Calcutta medical institutions reports 1871-78
Year: 1871
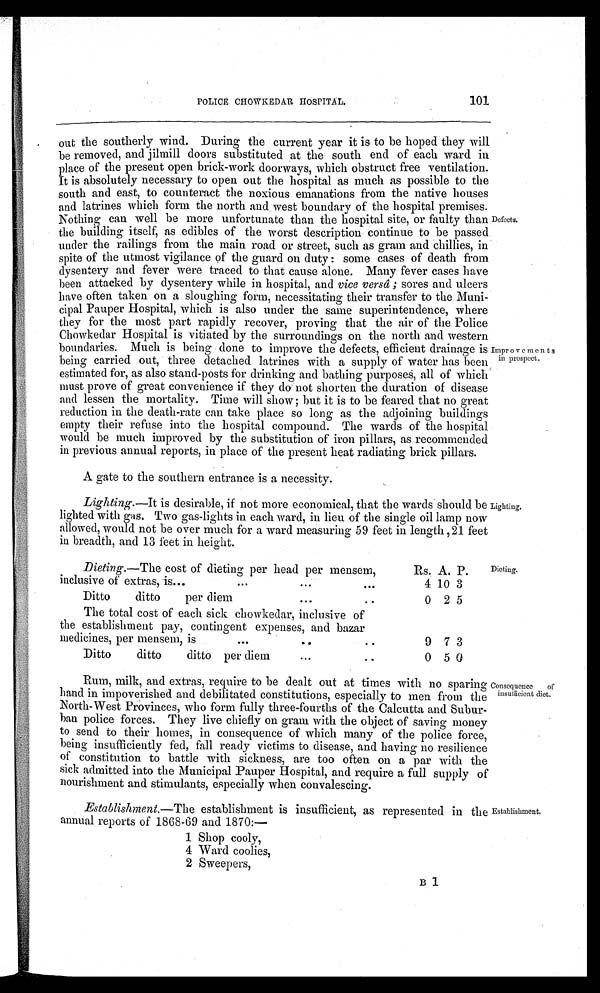
POLICE CHOWKEDAR HOSPITAL.
101
out the southerly wind. During the current year it is to be hoped they will
be removed, and jilmill doors substituted at the south end of each ward in
place of the present open brick-work doorways, which obstruct free ventilation
.
It is absolutely necessary to open out the hospital as much as possible to the
south and east, to counteract the noxious emanations from the native houses
and latrines which form the north and west boundary of the hospital premises.
Nothing can well be more unfortunate than the hospital site, or faulty than
the building itself, as edibles of the worst description continue to be passed
under the railings from the main road or street, such as gram and chillies, in
spite of the utmost vigilance of the guard on duty : some cases of death from
dysentery and fever were traced to that cause alone. Many fever cases have
been attacked by dysentery while in hospital, and vice versâ ; sores and ulcers
have often taken on a sloughing form, necessitating their transfer to the Muni
-
cipal Pauper Hospital, which is also under the same superintendence, where
they for the most part rapidly recover, proving that the air of the Police
Chowkedar Hospital is vitiated by the surroundings on the north and western
boundaries. Much is being done to improve the defects, efficient drainage is
being carried out, three detached latrines with a supply of water has been
estimated for, as also stand-posts for drinking and bathing purposes, all of which
must prove of great convenience if they do not shorten the duration of disease
and lessen the mortality. Time will show; but it is to be feared that no great
reduction in the death-rate can take place so long as the adjoining buildings
empty their refuse into the hospital compound. The wards of the hospital
would be much improved by the substitution of iron pillars, as recommended
in previous annual reports, in place of the present heat radiating brick pillars.
Defects.
Improvements
in prospect.
A gate to the southern entrance is a necessity.
Lighting. —It is desirable, if not more economical, that the wards should be
lighted with gas. Two gas-lights in each ward, in lieu of the single oil lamp now
allowed, would not be over much for a ward measuring 59 feet in length, 21 feet
in breadth, and 13 feet in height.
Lighting.
Dieting. —The cost of dieting per head per mensem,
inclusive of extras, is
Rs.
4
A.
10
P.
3
Ditto ditto per diem
0 2 5
The total cost of each sick chowkedar, inclusive of
the establishment pay, contingent expenses, and bazar
medicines, per mensem, is
9 7 3
Ditto ditto ditto per diem
0 5 0
Dieting.
RUM, milk, and extras, require to be dealt out at times with no sparing
hand in impoverished and debilitated constitutions, especially to men from the
North-West Provinces, who form fully three-fourths of the Calcutta and Subur-
ban police forces. They live chiefly on gram with the object of saving money
to send to their homes, in consequence of which many of the police force,
being insufficiently fed, fall ready victims to disease, and having no resilience
of constitution to battle with sickness, are too often on a par with the
sick admitted into the Municipal Pauper Hospital, and require a full supply of
nourishment and stimulants, especially when convalescing.
Consequence of
insufficient diet.
Establishment. —The establishment is insufficient, as represented in the
annual reports of 1868-69 and 1870:—
1 Shop cooly,
4 Ward coolies,
2 Sweepers,
Establishment.